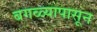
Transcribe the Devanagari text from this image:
बगळ्यापासून